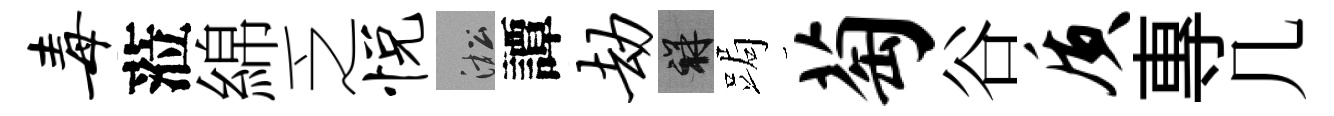
毒蒞綿乏悦淞譚劫祥跼萄谷质專几